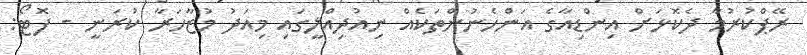
ރޭޕްކުރުމާ ދެކޮޅަށް އިންޑިއާގެ އަންހެނުންތަކެއް ނިއުދިއްލީގައި މިއަދު މުޒާހަރާ ކުރަނީ - ފޮޓޯ: